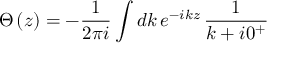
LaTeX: \Theta \left( z \right) = - \frac { 1 } { 2 \pi i } \int d k \, e ^ { - i k z } \, \frac { 1 } { k + i 0 ^ { + } }